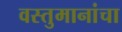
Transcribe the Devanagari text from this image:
वस्तुमानांचा